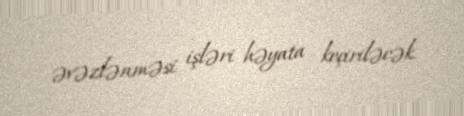
əvəzlənməsi işləri həyata keçiriləcək.